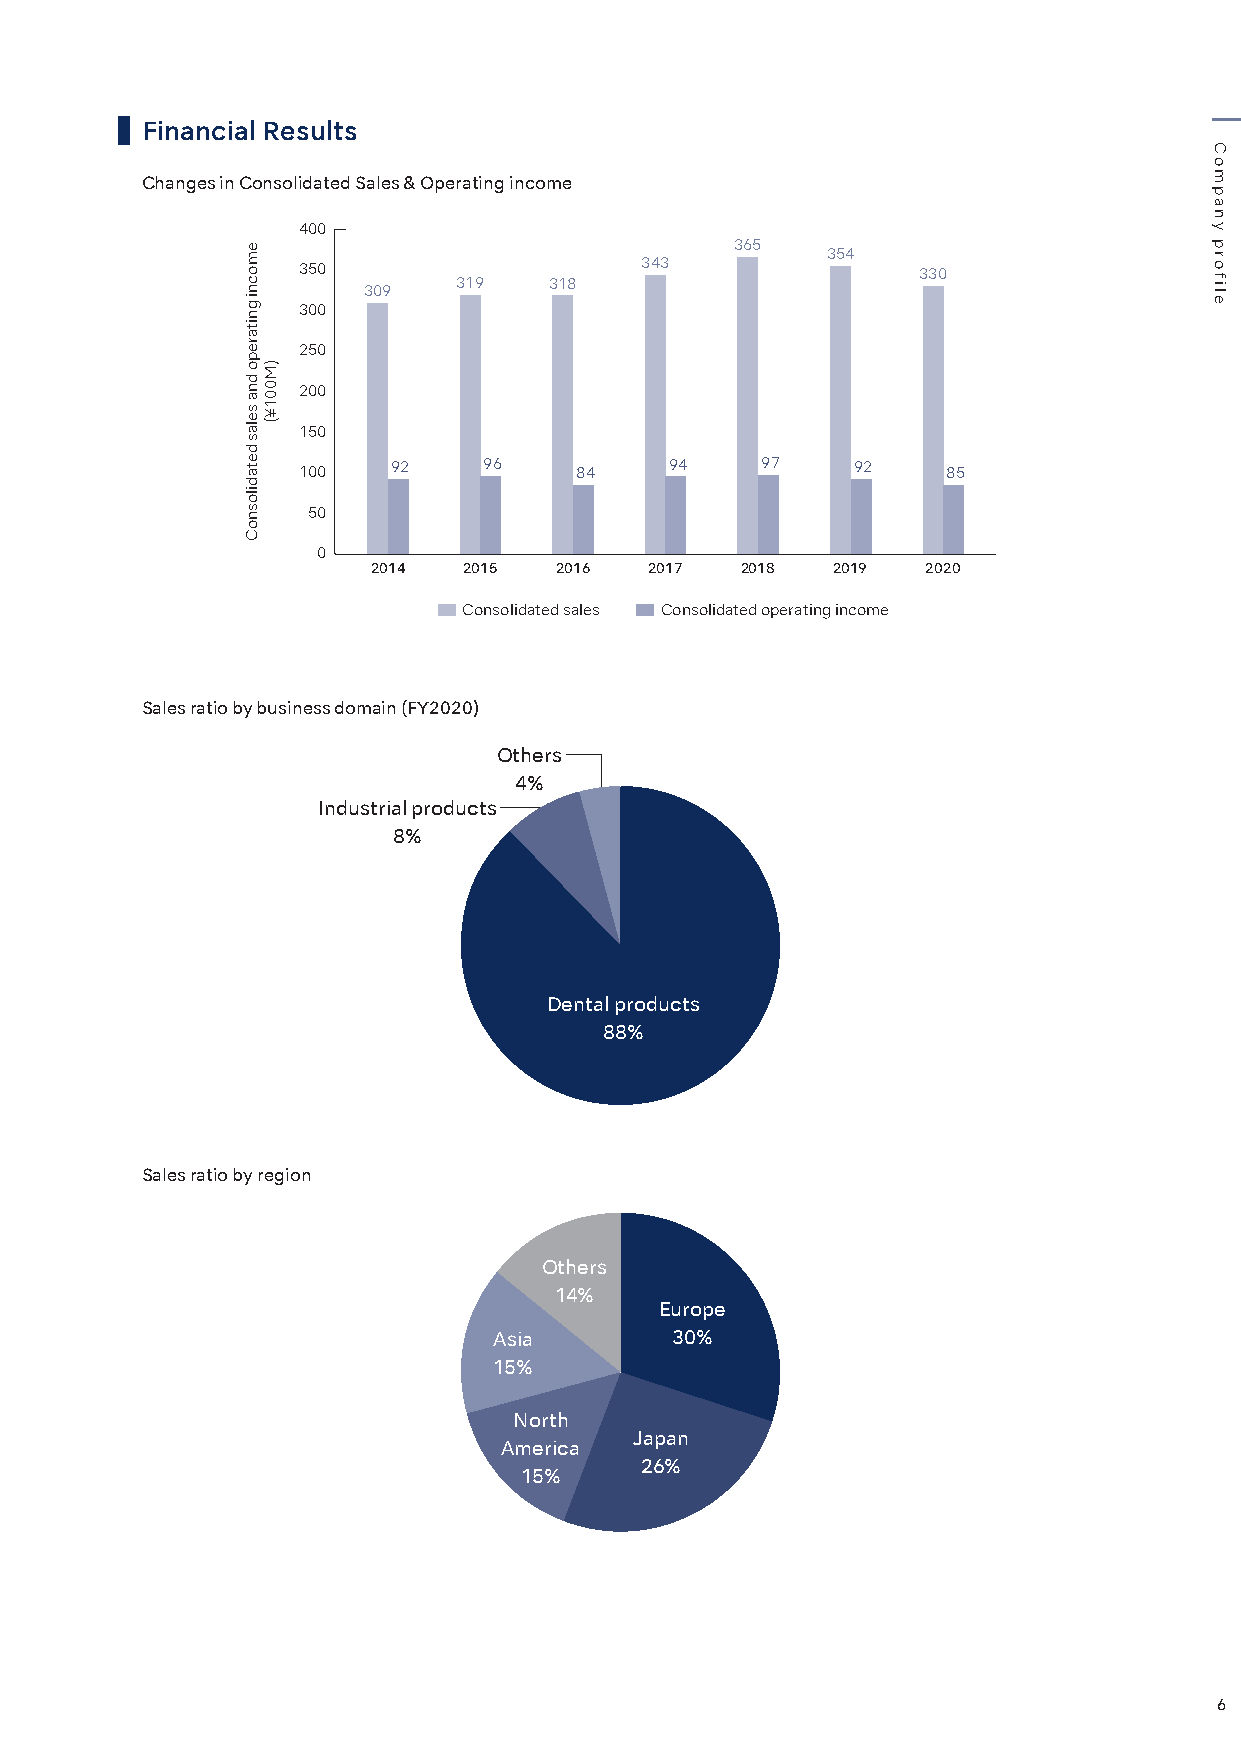
Financial Results
 Changes in Consolidated Sales & Operating income
 400
 365
 354
 350                   343                330
 319   318
 309
 300
 250
 200
 150
 100   92    96    84    94    97    92     85
 50
 0
 2014  2015  2016  2017  2018  2019  2020
 Consolidated sales Consolidated operating income
 Sales ratio by business domain (FY2020)
 Others
 4%
 Industrial products
 8%
 Dental products
 88%
 Sales ratio by region
 Others
 14%
 Europe
 Asia       30%
 15%
 North
 Japan
 America
 26%
 15%
 6
 emocni
 gnitarepo
 dna
 selas
 detadilosnoC
 )M001¥(
 Company
 profile